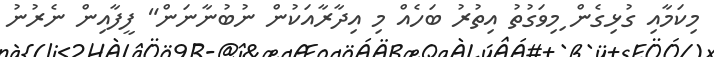
މިކަމާއި ގުޅިގެން ިމިވަގުތު އިތުރު ބަހެއް މި އިދާރާއަކުން ނުބުނާނަން" ފީފާއިން ނެރުނު